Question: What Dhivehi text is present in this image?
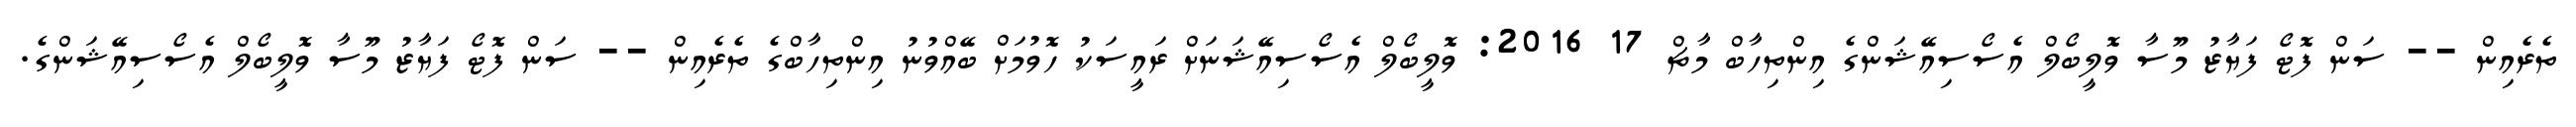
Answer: ތެރެއިން -- ސަން ފޮޓޯ ފަޔާޒު މޫސާ ވޮލީބޯލް އެސޯސިއޭޝަންގެ އިންތިހާބް މާޗް 17 2016: ވޮލީބޯލް އެސޯސިއޭޝަނަށް ރައީސަކު ހޮވުމަށް ބޭއްވުނު އިންތިހާބްގެ ތެރެއިން -- ސަން ފޮޓޯ ފަޔާޒު މޫސާ ވޮލީބޯލް އެސޯސިއޭޝަންގެ.